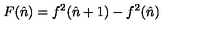
F ( \hat { n } ) = f ^ { 2 } ( \hat { n } + 1 ) - f ^ { 2 } ( \hat { n } )